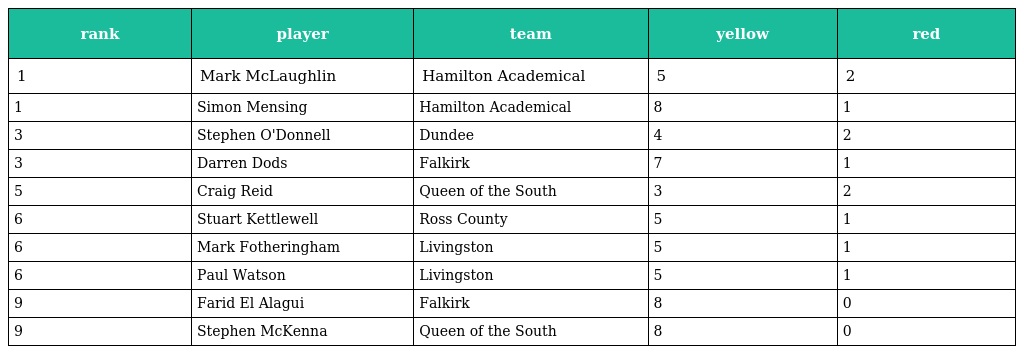
| rank | player | team | yellow | red |
 | --- | --- | --- | --- | --- |
 | 1 | Mark McLaughlin | Hamilton Academical | 5 | 2 |
 | 1 | Simon Mensing | Hamilton Academical | 8 | 1 |
 | 3 | Stephen O'Donnell | Dundee | 4 | 2 |
 | 3 | Darren Dods | Falkirk | 7 | 1 |
 | 5 | Craig Reid | Queen of the South | 3 | 2 |
 | 6 | Stuart Kettlewell | Ross County | 5 | 1 |
 | 6 | Mark Fotheringham | Livingston | 5 | 1 |
 | 6 | Paul Watson | Livingston | 5 | 1 |
 | 9 | Farid El Alagui | Falkirk | 8 | 0 |
 | 9 | Stephen McKenna | Queen of the South | 8 | 0 |